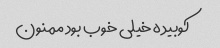
کوبیده خیلی خوب بود ممنون